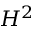
H ^ { 2 }